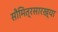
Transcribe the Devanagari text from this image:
सौमित्रसारख्या